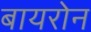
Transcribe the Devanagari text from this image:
बायरोन